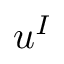
u ^ { I }